Indian Civil Veterinary Department memoirs
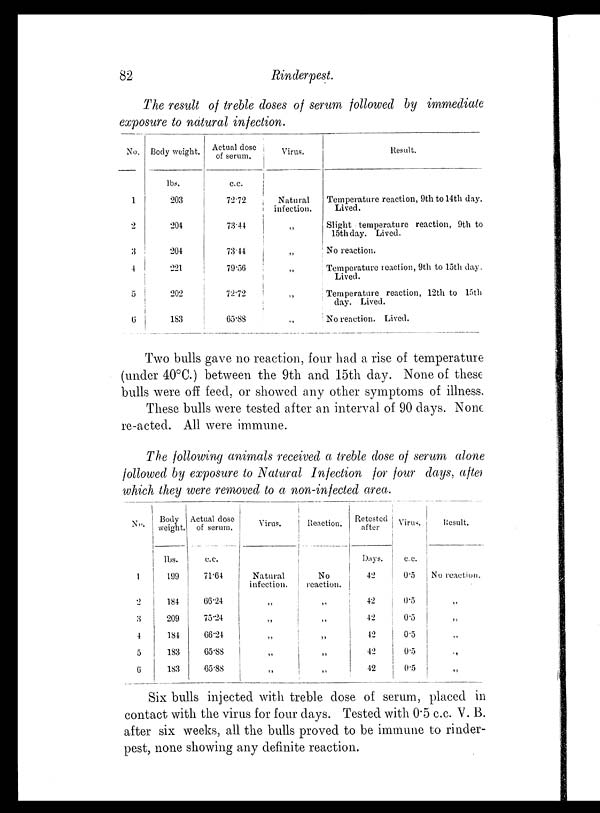
82
Rinderpest.
The result of treble doses of serum followed by immediate
exposure to natural infection.
No.
1
2
3
4
5
6
Body weight.
lbs.
203
204
204
221
202
183
Actual dose
of serum.
c.c.
72.72
73.44
73.44
79.56
72.72
65.88
Virus.
Natural
infection.
„
„
„
„
„
Result.
Temperature reaction, 9th to 14th clay.
Lived.
Slight temperature reaction, 9th to
15th day. Lived.
No reaction.
Temperature reaction, 9th to 15th day.
Lived.
Temperature reaction, 12th to 15th
day. Lived.
No reaction. Lived.
Two bulls gave no reaction, four had a rise of temperature
(under 40°C.) between the 9th and 15th day. None of these
bulls were off feed, or showed any other symptoms of illness.
These bulls were tested after an interval of 90 days. None
re-acted. All were immune.
The following animals received a treble dose of serum alone
followed by exposure to Natural Infection for four days, after
which they were removed to a non-infected area.
No.
1
2
3
4
5
6
Body
weight.
lbs.
199
184
209
184
183
183
Actual dose
of serum.
c.c.
71.64
66.24
75.24
66.24
65.88
65.88
Virus.
Natural
infection.
„
„
„
„
„
Reaction.
No
reaction.
„
„
„
„
„
Retested
after
Days.
42
42
42
42
42
42
Virus.
c.c.
0.5
0.5
0.5
0.5
0.5
0.5
Result.
No reaction.
Six bulls injected with treble dose of serum, placed in
contact with the virus for four days. Tested with 0.5 c.c. V. B.
after six weeks, all the bulls proved to be immune to rinder-
pest, none showing any definite reaction.